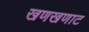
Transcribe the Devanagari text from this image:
खणखणाट